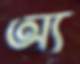
অ্য